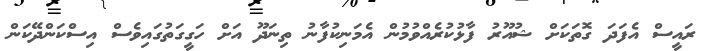
ރައީސް އެފަދަ ގޮތަކަށް ޝުއޫރު ފާޅުކުރެއްވުމުން އެމަނިކުފާނު ތިނަދޫ އަށް ހަގީގަތުގައިވެސް އިސްކަންދޭކަން